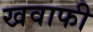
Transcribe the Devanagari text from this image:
खवाफी